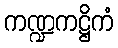
ကဏ္ဍကဋ္ဌိကံ